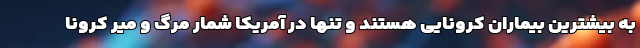
به بیشترین بیماران کرونایی هستند و تنها در آمریکا شمار مرگ و میر کرونا